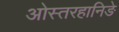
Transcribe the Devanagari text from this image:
ओस्तरहानिङे